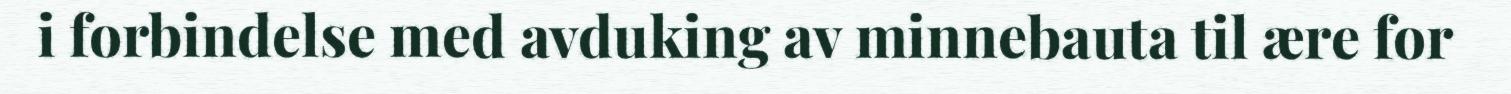
i forbindelse med avduking av minnebauta til ære for